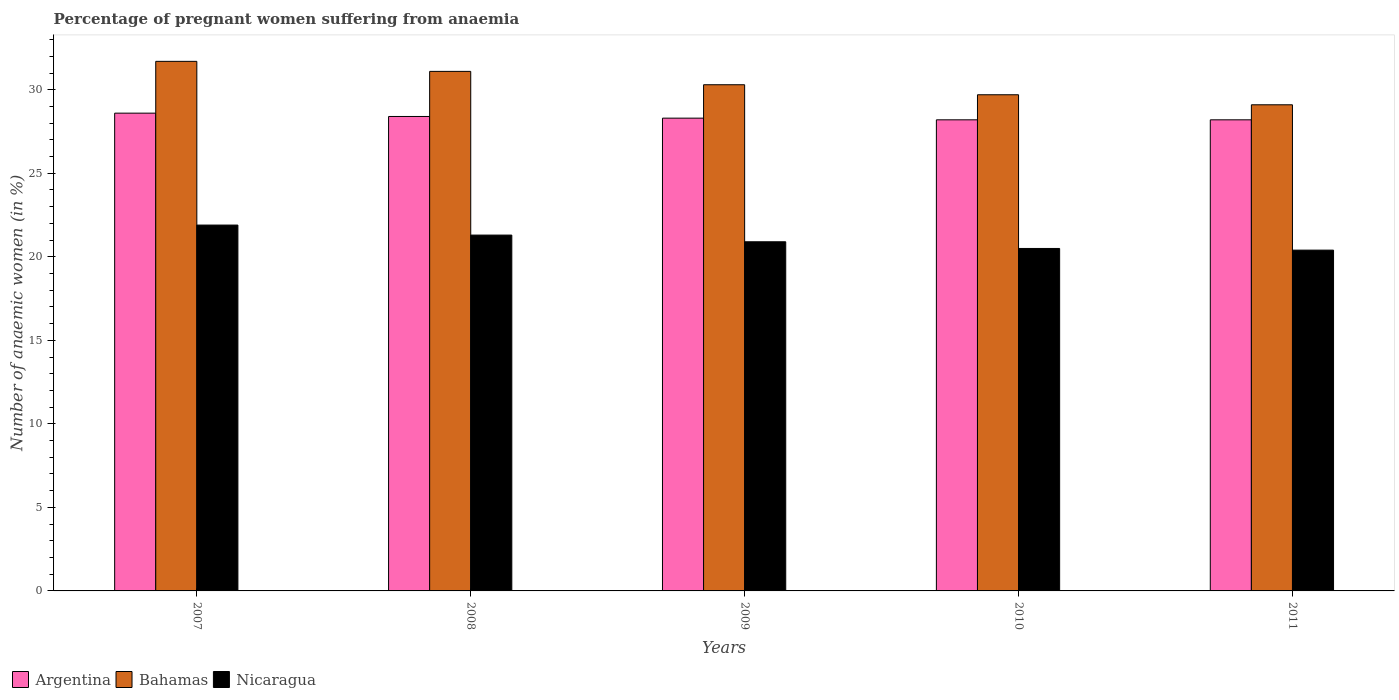
| Years | Argentina | Bahamas | Nicaragua |
 | --- | --- | --- | --- |
 | 2007 | 28.6 | 31.7 | 21.9 |
 | 2008 | 28.4 | 31.1 | 21.3 |
 | 2009 | 28.3 | 30.3 | 20.9 |
 | 2010 | 28.2 | 29.7 | 20.5 |
 | 2011 | 28.2 | 29.1 | 20.4 |